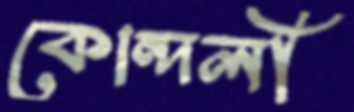
কোন্দলী